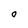
Character: 0